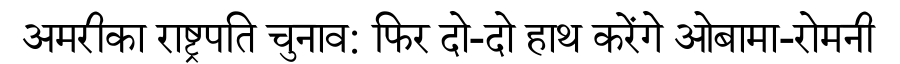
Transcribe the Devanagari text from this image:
अमरीका राष्ट्रपति चुनाव: फिर दो-दो हाथ करेंगे ओबामा-रोमनी